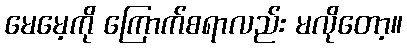
မေမေ့ကို ကြောက်စရာလည်း မလိုတော့။